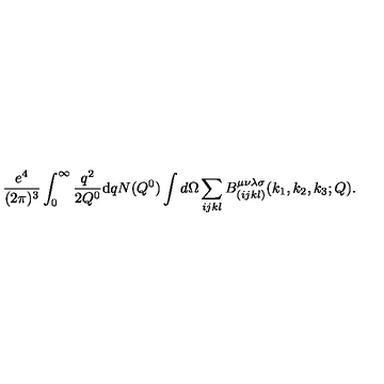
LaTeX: \frac { { e ^ { 4 } } } { ( 2 \pi ) ^ { 3 } } \int _ { 0 } ^ { \infty } \frac { { q } ^ { 2 } } { { 2 Q ^ { 0 } } } \mathrm { d } q N ( { Q ^ { 0 } } ) \int d \Omega \sum _ { i j k l } { B } _ { ( i j k l ) } ^ { \mu \nu \lambda \sigma } ( { k _ { 1 } , k _ { 2 } , k _ { 3 } } ; Q ) .